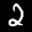
Label: 2